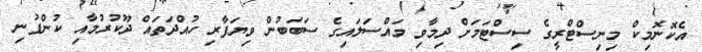
އެކޮނޮމިކް މިނިސްޓްރީގެ ސިސްޓަމަށް ދިމާވި މައްސަލައިގެ ސަބަބުން ވިޔަފާރި ހުއްދަތައް ދޫކުރުމާއި ކުންފުނި